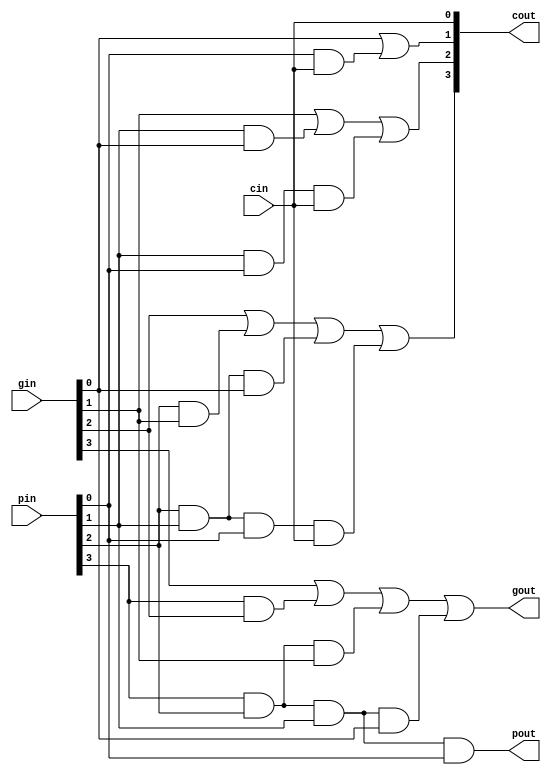
//////////////////////////////////////////////////////////////
//                                                          //
// Description  : (CLB) Configurable Logic Block nbits      //
//                                                          //                  
//                                                          //
//////////////////////////////////////////////////////////////

module clb4(gout,pout,cout,gin,pin,cin);
output gout,pout;
output [3:0]cout;
input  cin;
input  [3:0]gin,pin;

assign cout[0]=cin;
assign cout[1]=gin[0]|(pin[0]&cin);
assign cout[2]=gin[1]|(pin[1]&gin[0])|(pin[1]&pin[0]&cin);
assign cout[3]=gin[2]|(pin[2]&gin[1])|(pin[2]&pin[1]&gin[0])|(pin[2]&pin[1]&pin[0]&cin);

assign gout   =gin[3]|(pin[3]&gin[2])|(pin[3]&pin[2]&gin[1])|(pin[3]&pin[2]&pin[1]&gin[0]);
assign pout   =pin[3]&pin[2]&pin[1]&pin[0];

endmodule

module clb3(gout,pout,cout,gin,pin,cin);
output gout,pout;
output [2:0]cout;
input  cin;
input  [2:0]gin,pin;

assign cout[0]=cin;
assign cout[1]=gin[0]|(pin[0]&cin);
assign cout[2]=gin[1]|(pin[1]&gin[0])|(pin[1]&pin[0]&cin);

assign gout   =gin[2]|(pin[2]&gin[1])|(pin[2]&pin[1]&gin[0]);
assign pout   =pin[2]&pin[1]&pin[0];

endmodule

module clb2(gout,pout,cout,gin,pin,cin);
output gout,pout;
output [1:0]cout;
input  cin;
input  [1:0]gin,pin;

assign cout[0]=cin;
assign cout[1]=gin[0]|(pin[0]&cin);

assign gout   =gin[1]|(pin[1]&gin[0]);
assign pout   =pin[1]&pin[0];

endmodule